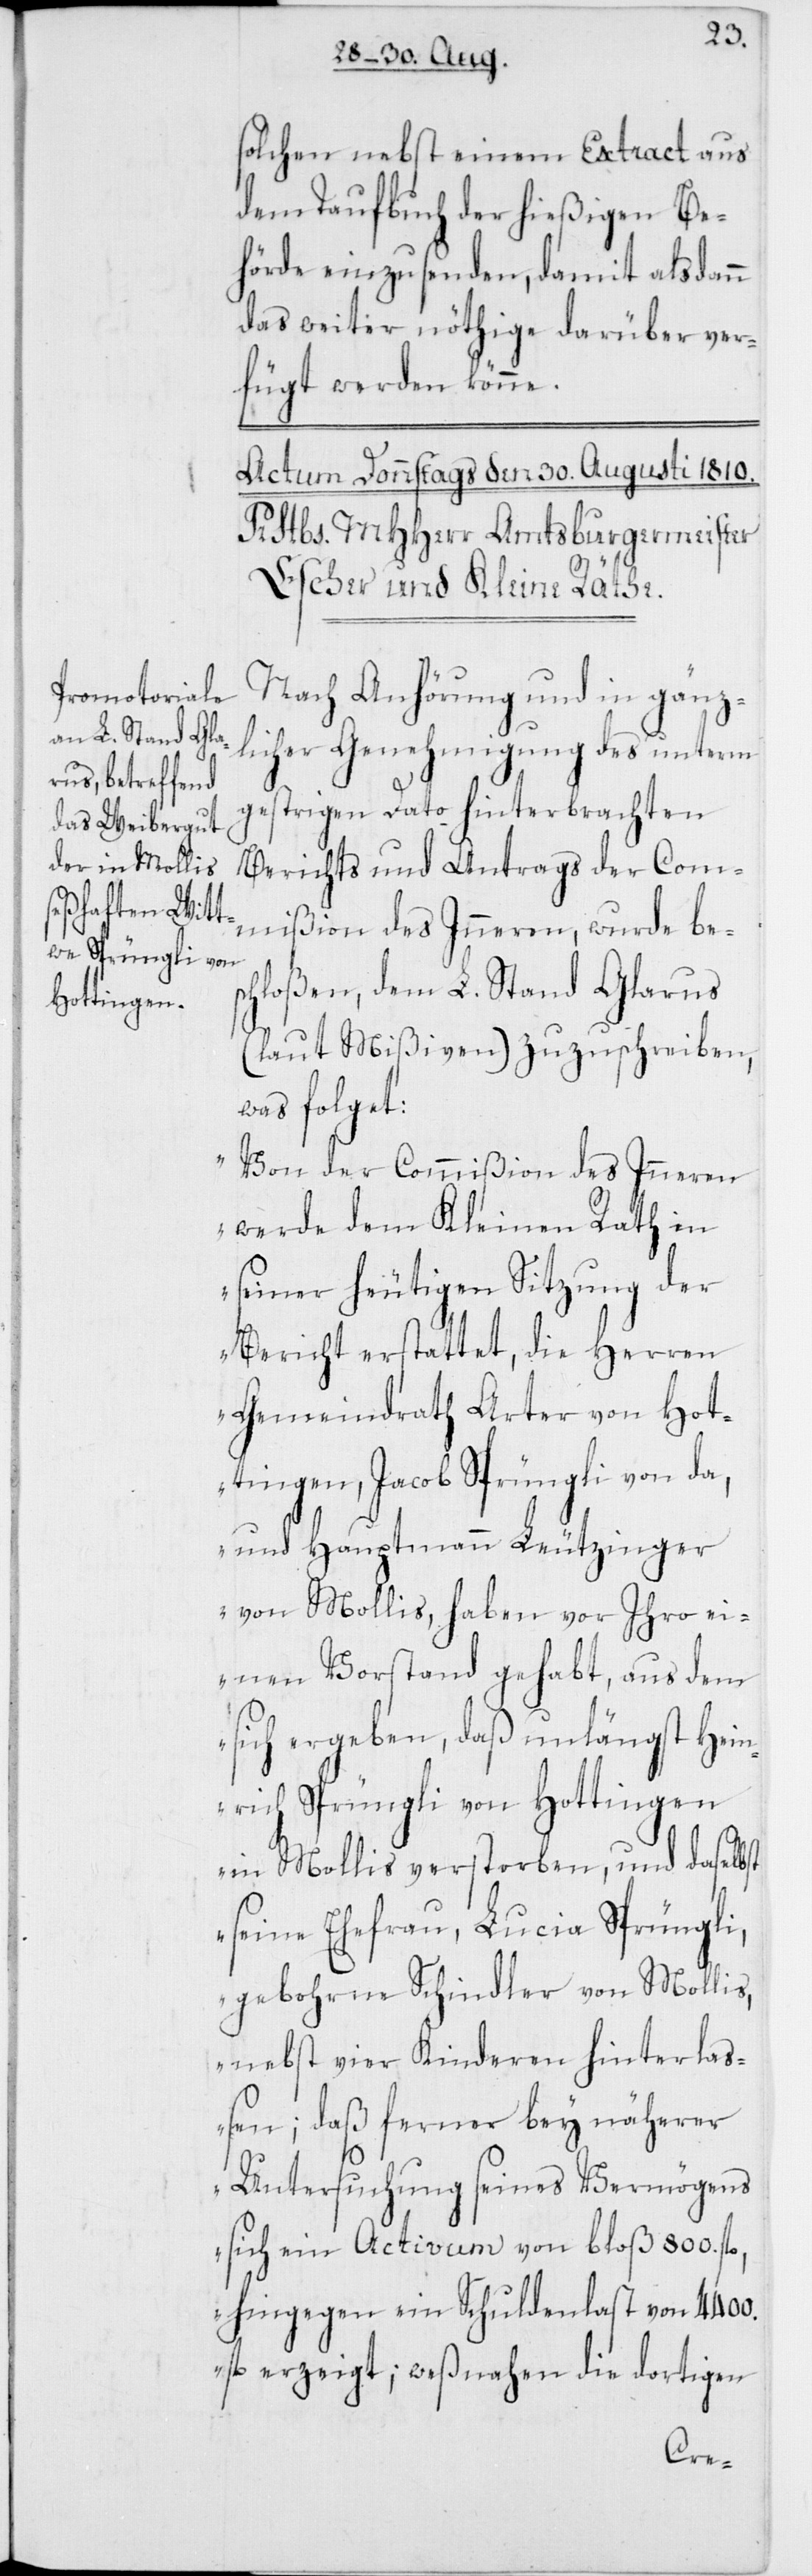
solchen nebst einem Extract aus
dem Taufbuch der hießigen Be¬
hörde einzusenden, damit alsdann
das weiter nöthige darüber ver¬
fügt werden könne.
Nach Anhörung und in gänz¬
licher Genehmigung des unterm
gestrigen Dato hinterbrachten
Berichts und Antrags der Com¬
mißion des Inneren, wurde bes¬
chloßen, dem L. Stand Glarus
(laut Mißiven) zuzuschreiben,
was folget:
„Von der Commißion des Inneren
werde dem Kleinen Rath in
seiner heutigen Sitzung der
Bericht erstattet, die Herren
Gemeindrath Arter von Hot¬
tingen, Jacob Sprüngli von da,
und Hauptmann Leutzinger
von Mollis, haben vor Ihro ei¬
nen Vorstand gehabt, aus dem
sich ergeben, daß unlängst Hein¬
rich Sprüngli von Hottingen
in Mollis verstorben, und daselbst
seine Ehefrau, Lucia Sprüngli,
gebohrne Schindler von Mollis,
nebst vier Kinderen hinterla¬
ßen; daß ferner bey näherer
Untersuchung seines Vermögens
sich ein Activum von bloß 800. fl.,
hingegen ein Schuldenlast von 4400.
fl. erzeigt; weßnahen die dortigen